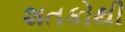
શતકોથી